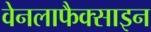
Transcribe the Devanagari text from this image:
वेनलाफैक्साइन